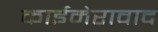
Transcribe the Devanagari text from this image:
काईमेरावाद